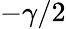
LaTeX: -\gamma/2